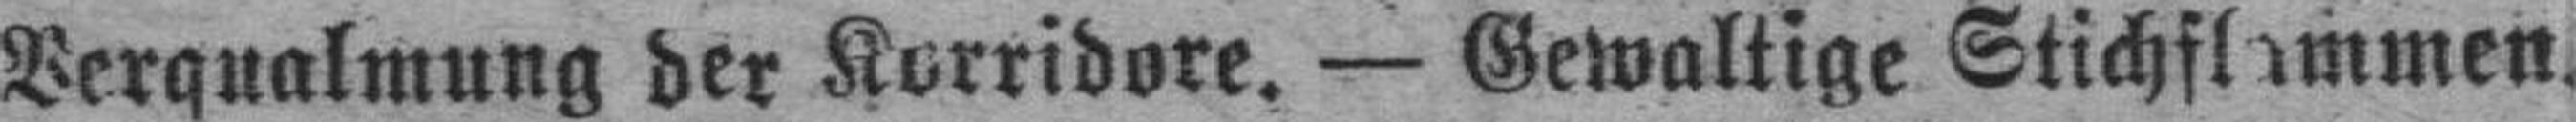
Verqualmung der Korridore. — Gewaltige Stichflammen.